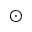
\odot